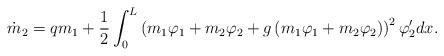
LaTeX: \begin{align*} \dot m_2= q m_1 +\frac{1}{2}\int_0^L \left(m_1\varphi_1+m_2\varphi_2+g\left(m_1\varphi_1+m_2\varphi_2\right)\right)^2\varphi'_2dx.\end{align*}